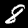
Digit: 8